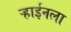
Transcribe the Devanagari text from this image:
ऱ्हाईनला